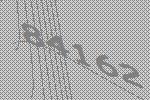
84162